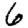
Digit: 6